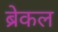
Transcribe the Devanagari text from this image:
ब्रेकल